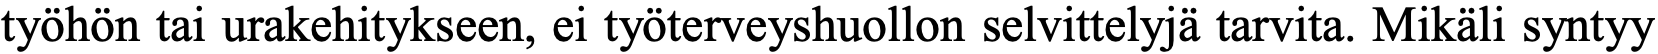
työhön tai urakehitykseen, ei työterveyshuollon selvittelyjä tarvita. Mikäli syntyy